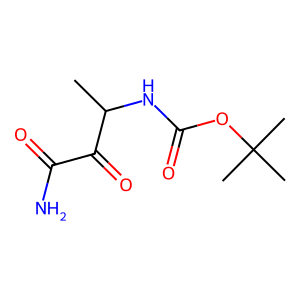
SMILES: CC(NC(=O)OC(C)(C)C)C(=O)C(N)=O
Inhibits HIV replication: No